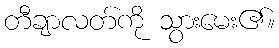
တီချာလတ်ကို သွားမေး၏။